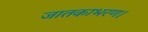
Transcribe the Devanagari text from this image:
जातकाभरण।